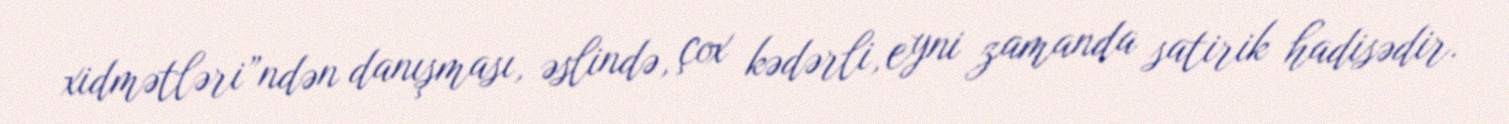
xidmətləri”ndən danışması, əslində, çox kədərli, eyni zamanda satirik hadisədir.